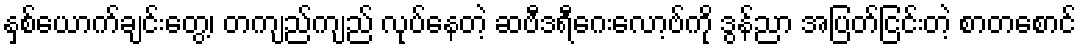
နှစ်ယောက်ချင်းတွေ့၊ တကျည်ကျည် လုပ်နေတဲ့ ဆဗီဒရီဂေးလော့ဗ်ကို ဒွန်ညာ အပြတ်ငြင်းတဲ့ စာတစောင်